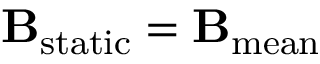
{ \bf B } _ { \mathrm { s t a t i c } } = { \bf B } _ { \mathrm { m e a n } }